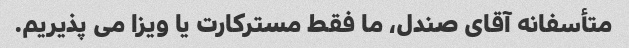
متأسفانه آقای صندل، ما فقط مسترکارت یا ویزا می پذیریم.